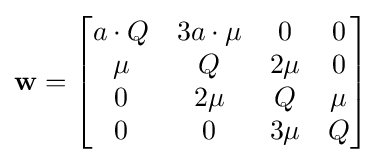
\mathbf {w} ={\begin{bmatrix}a\cdot Q&3a\cdot \mu &0&0\\\mu &Q&2\mu &0\\0&2\mu &Q&\mu \\0&0&3\mu &Q\end{bmatrix}}